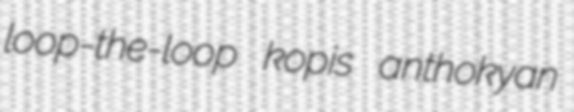
loop-the-loop kopis anthokyan